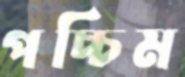
পচ্চিম